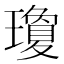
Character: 瓊